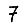
Digit: 7